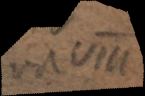
vol VIII